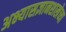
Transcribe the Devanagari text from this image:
अभ्यासज्ञानशाखेच्या